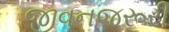
જીવનજરૂરી